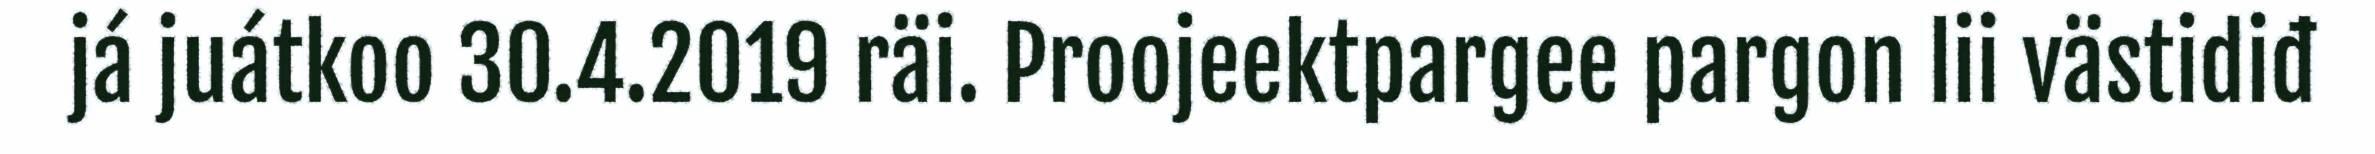
já juátkoo 30.4.2019 räi. Proojeektpargee pargon lii västidiđ